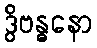
ဒွိဗန္ဓနော